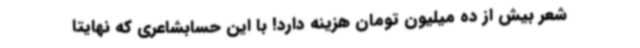
شعر بیش از ده میلیون تومان هزینه دارد! با این حسابشاعری که نهایتا